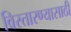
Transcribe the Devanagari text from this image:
विस्तारण्यासाठी